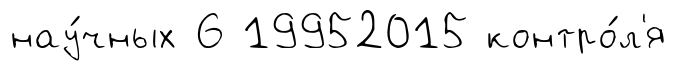
нау́чных 6 19952015 контро́л'я